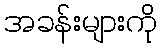
အခန်းများကို